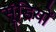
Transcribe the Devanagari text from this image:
सूंडियों